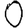
Digit: 0